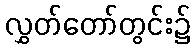
လွှတ်တော်တွင်း၌